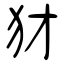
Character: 犲